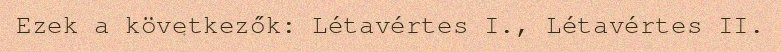
Ezek a következők: Létavértes I., Létavértes II.